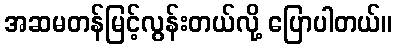
အဆမတန်မြင့်လွန်းတယ်လို့ ပြောပါတယ်။